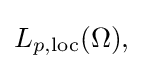
{\textstyle L_{p,\mathrm {loc} }(\Omega ),}